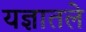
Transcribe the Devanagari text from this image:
यज्ञातले